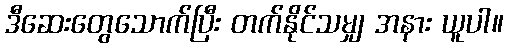
ဒီဆေးတွေသောက်ပြီး တက်နိုင်သမျှ အနား ယူပါ။